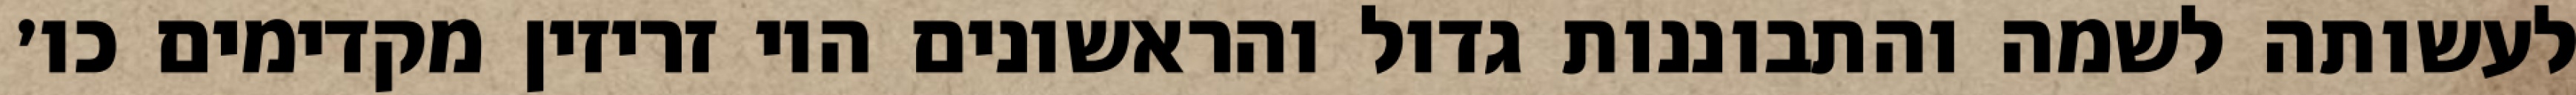
לעשותה לשמה והתבוננות גדול והראשונים היו זריזין מקדימים כו׳